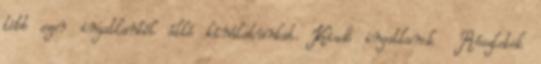
több ezer ingatlanból álló kínálatunkat. Kiadó ingatlanok Részletek